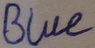
Text: Blue